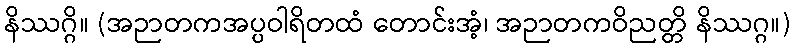
နိဿဂ္ဂိ။ (အဉာတကအပ္ပဝါရိတထံ တောင်းအံ့၊ အဉာတကဝိညတ္တိ နိဿဂ္ဂ။)